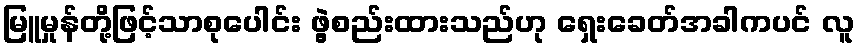
မြူမှုန်တို့ဖြင့်သာစုပေါင်း ဖွဲ့စည်းထားသည်ဟု ရှေးခေတ်အခါကပင် လူ